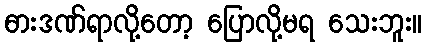
ဓားဒဏ်ရာလို့တော့ ပြောလို့မရ သေးဘူး။